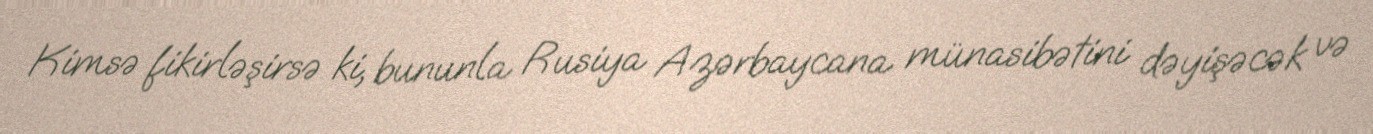
Kimsə fikirləşirsə ki, bununla Rusiya Azərbaycana münasibətini dəyişəcək və